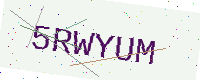
Text: 5RWYUM